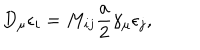
D _ { \mu } \epsilon _ { i } = M _ { i j } \frac { a } { 2 } \gamma _ { \mu } \epsilon _ { j } ,